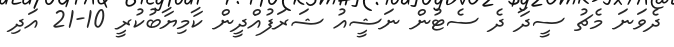
ދެވަނަ މެޗު ސީދާ ދެ ސެޓުން ނަޝީއު ޝަރަފުއްދީން ކާމިޔާބުކުރީ 10-21 އަދި